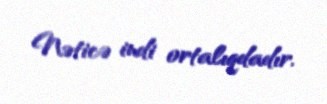
Nəticə indi ortalıqdadır.